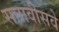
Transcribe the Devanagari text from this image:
सत्तावीसवे